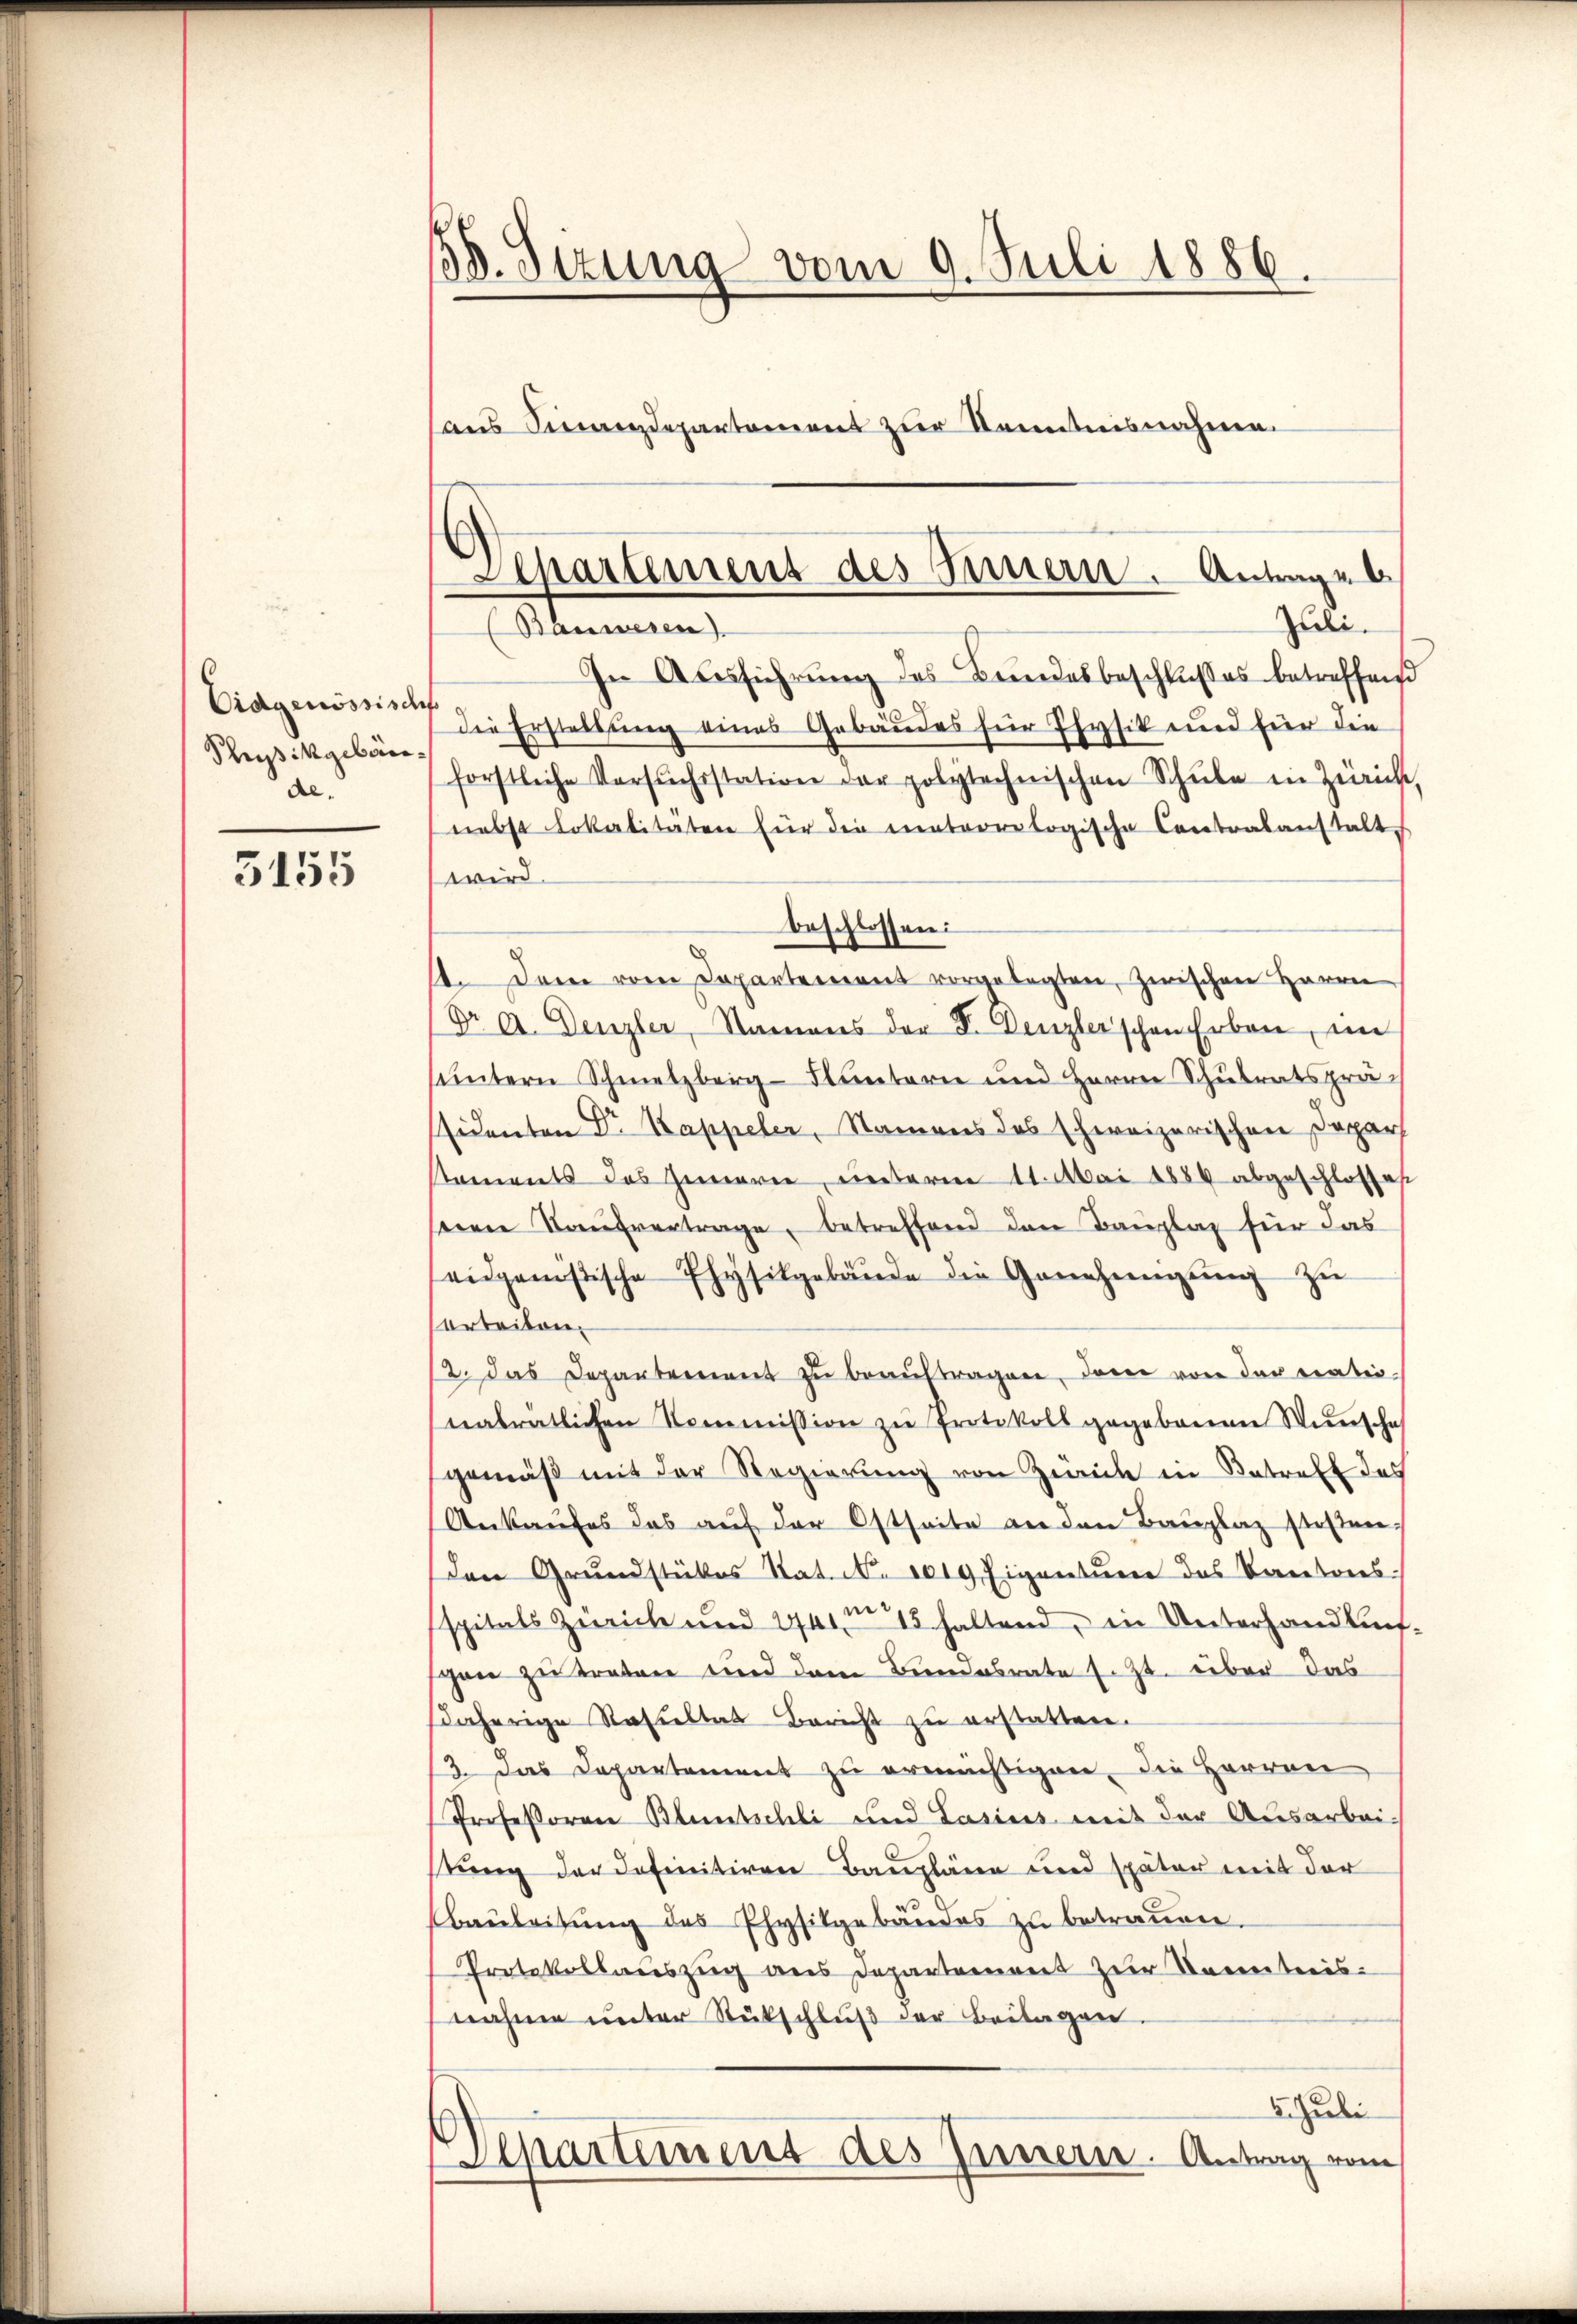
Eidgenössisch
Scheidikgebäude.

5155

38. Sizung vom 9. Juli 1886.
aus Finanzdepartement zur Kenntnisnahme.

Aepartement des Innern. Antrage b
Juli.
(Bauwesen.

In Ausführŭng des Bundesbeschlußes betreffend
die Erstellung eines Gebäudes für Physik und für die
förstliche Versuchsstation der polytechnischen Schŭle in Zürich,
nebst Lokalitäten für die meteorologische Contralanstalt
wird.
beschlossen:
. Dem vom Departement vorgelegten, zwischen Herrn
Dr A. Denzler, Namens der F. Denzlerschen Erben, im
huntern Schmelzberg-Fluntern und Herrn Schulratsprä-
ssidenten Dr Kappeler, Namens des schweizerischen Depar
staments des Innern, unterm 11. Mai 1886 abgeschlosses
berne Kaŭfvertrage, betreffend den Bauplaz für das
eidgenössische Physikgebäude die Genehmigŭng zŭ
orteilen.
2. das Departement zŭ beaŭftragen, dann von der tratio
nalrätlichen Kommission zŭ Protokoll gegebenen Winscha
gemäß mit der Regierung von Zürich in Betreff des
Ankaufes das auf der Ostseite an den Bauplaz stehen.
Den Grundstükes Rat. No. 1019 Eigentum des Kantons-
spitals Zürich und 241 n 15 haltend, in Unterhandlunschon zu treten und dem Bundesrate s. Zt. über das
daherige Resultat Bericht zu erstatten.
13. Das Departement zu ermächtigen, die Herren
Professoren Bluntschli und Lasius mit der Ausarbei-
tung der Definitiven Baupläne und später mit der
Baŭleitung des Physikgebäudes zu betrauen.
Protokollauszug aus Departement zur Kenntnis.
nahme unter Rückschlŭβ der Beilagen.
5 Juli
Vepartement des Innern. Antrag vom